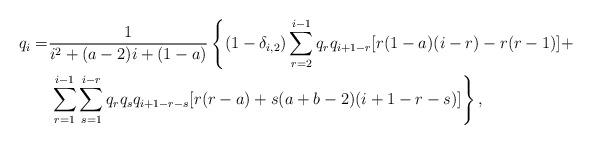
LaTeX: \begin{align*}q_{i}=&\frac{1}{i^{2} + (a-2)i + (1-a)}\left\{(1-\delta_{i,2})\sum_{r=2}^{i-1}q_{r}q_{i+1-r}[r(1-a)(i-r)-r(r-1)]+\right.\\&\left.\sum_{r=1}^{i-1}\sum_{s=1}^{i-r}q_{r}q_{s}q_{i+1-r-s}[r(r-a)+s(a+b-2)(i+1-r-s)]\right\},\end{align*}